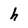
Character: h